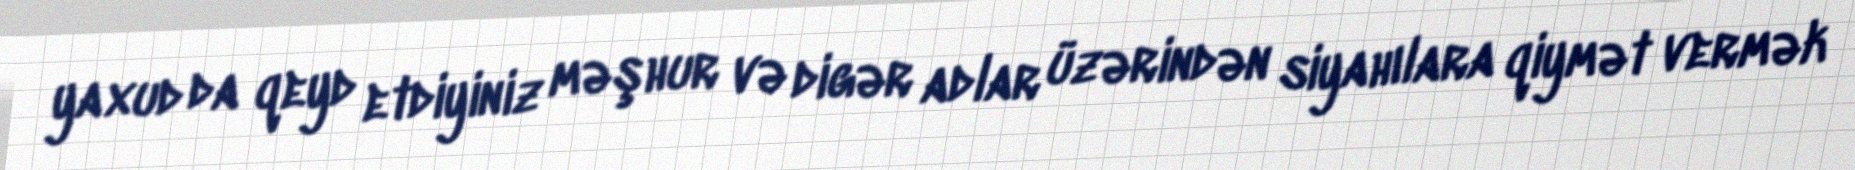
yaxud da qeyd etdiyiniz məşhur və digər adlar üzərindən siyahılara qiymət vermək